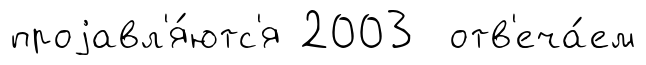
проjавл'я́ютс'я 2003 отв'еча́ем